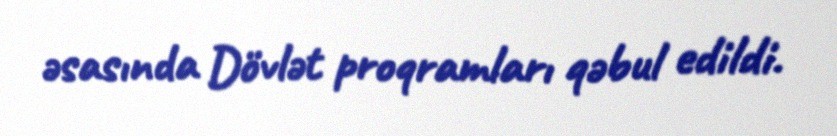
əsasında Dövlət proqramları qəbul edildi.